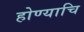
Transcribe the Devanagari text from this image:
होण्याचि